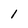
Character: 1